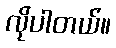
လိုပါတယ်။